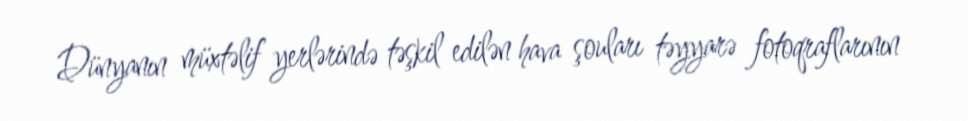
Dünyanın müxtəlif yerlərində təşkil edilən hava şouları təyyarə fotoqraflarının